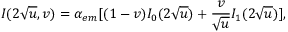
I ( 2 \sqrt { u } , v ) = \alpha _ { e m } [ ( 1 - v ) I _ { 0 } ( 2 \sqrt { u } ) + { \frac { v } { \sqrt { u } } } I _ { 1 } ( 2 \sqrt { u } ) ] ,